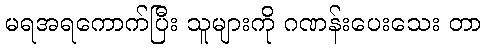
မရအရကောက်ပြီး သူများကို ဂဏန်းပေးသေး တာ